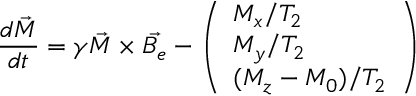
\frac { d \vec { M } } { d t } = \gamma \vec { M } \times \vec { B _ { e } } - \left( \begin{array} { l } { M _ { x } / T _ { 2 } } \\ { M _ { y } / T _ { 2 } } \\ { ( M _ { z } - M _ { 0 } ) / T _ { 2 } } \end{array} \right)